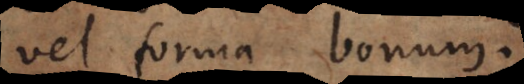
vel forma bonum.